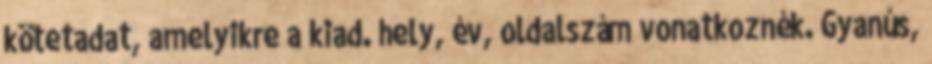
kötetadat, amelyikre a kiad. hely, év, oldalszám vonatkoznék. Gyanús,